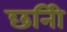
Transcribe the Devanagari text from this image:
छनिी